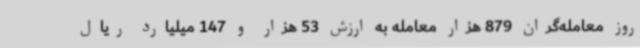
روز معامله‌گران 879 هزار معامله به ارزش 53 هزار و 147 میلیارد ریال